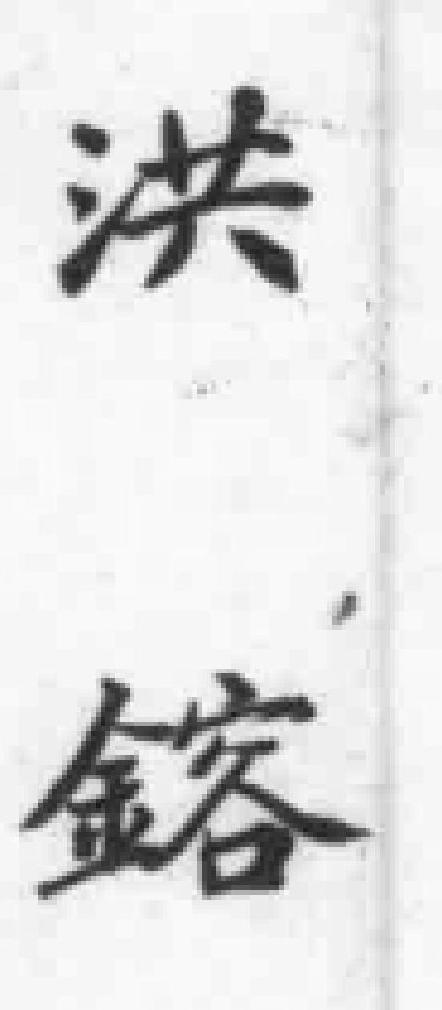
洪鎔